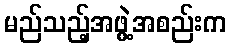
မည်သည့်အဖွဲ့အစည်းက